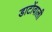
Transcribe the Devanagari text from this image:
डाटोंवाली